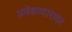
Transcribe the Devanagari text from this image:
प्रवेशव्दारावर